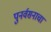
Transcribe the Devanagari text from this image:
पुनर्वसनाचा